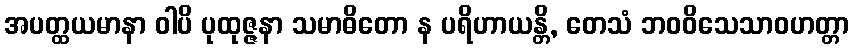
အပတ္ထယမာနာ ဝါပိ ပုထုဇ္ဇနာ သမာဓိတော န ပရိဟာယန္တိ, တေသံ ဘဝဝိသေသာဝဟတ္တာ